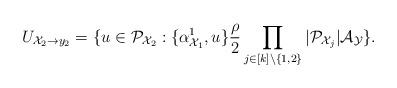
LaTeX: \begin{align*}U_{\mathcal X_2\to y_2}=\{ u\in \mathcal P_{\mathcal X_2}: \{\alpha^{1}_{\mathcal X_1}, u\} \frac{\rho}{2} \prod_{j\in [k]\setminus \{1,2\}}|\mathcal P_{\mathcal X_j}| \mathcal A_{\mathcal Y} \}.\end{align*}